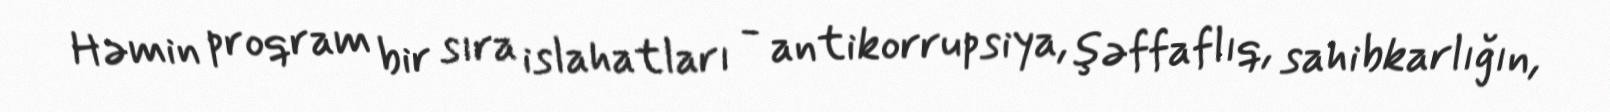
Həmin proqram bir sıra islahatları - antikorrupsiya, şəffaflıq, sahibkarlığın,